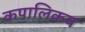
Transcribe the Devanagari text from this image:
कपालिकय